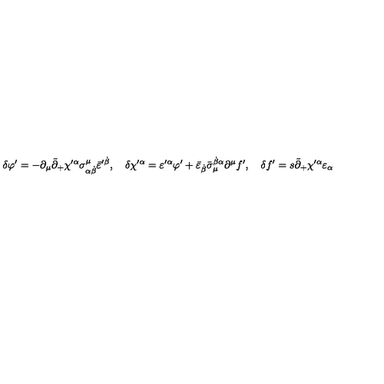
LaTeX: \delta \varphi ^ { \prime } = - \partial _ { \mu } \tilde { \partial } _ { + } \chi ^ { \prime \alpha } \sigma _ { \alpha \dot { \beta } } ^ { \mu } \bar { \varepsilon } ^ { \prime \dot { \beta } } , \quad \delta \chi ^ { \prime \alpha } = \varepsilon ^ { \prime \alpha } \varphi ^ { \prime } + \bar { \varepsilon } _ { \dot { \beta } } \bar { \sigma } _ { \mu } ^ { \dot { \beta } \alpha } \partial ^ { \mu } f ^ { \prime } , \quad \delta f ^ { \prime } = s \tilde { \partial } _ { + } \chi ^ { \prime \alpha } \varepsilon _ { \alpha }